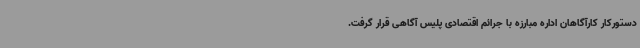
دستورکار کارآگاهان اداره مبارزه با جرائم اقتصادی پلیس آگاهی قرار گرفت.